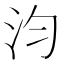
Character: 汮